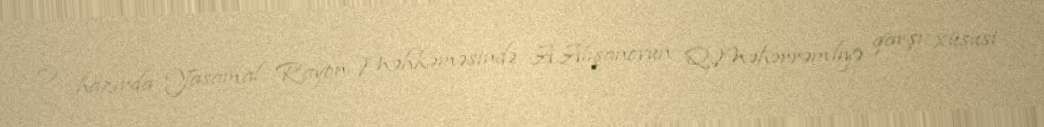
O, hazırda Yasamal Rayon Məhkəməsində A.Alışanovun Q.Məhərrəmliyə qarşı xüsusi